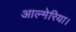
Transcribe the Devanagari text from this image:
आल्मेरिया।